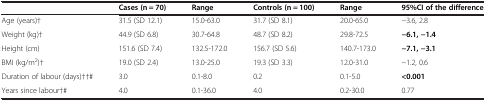
<table><thead><tr><td></td><td><b>Cases (n = 70)</b></td><td><b>Range</b></td><td><b>Controls (n = 100)</b></td><td><b>Range</b></td><td><b>95%CI of the difference</b></td></tr></thead><tbody><tr><td>Age (years)†</td><td>31.5 (SD 12.1)</td><td>15.0-63.0</td><td>31.7 (SD 8.1)</td><td>20.0-65.0</td><td>−3.6, 2.8</td></tr><tr><td>Weight (kg)†</td><td>44.9 (SD 6.8)</td><td>30.7-64.8</td><td>48.7 (SD 8.2)</td><td>29.8-72.5</td><td><b>−6.1, −1.4</b></td></tr><tr><td>Height (cm)</td><td>151.6 (SD 7.4)</td><td>132.5-172.0</td><td>156.7 (SD 5.6)</td><td>140.7-173.0</td><td><b>−7.1, −3.1</b></td></tr><tr><td>BMI (kg/m<sup>2</sup>)†</td><td>19.0 (SD 2.4)</td><td>13.0-25.0</td><td>19.3 (SD 3.3)</td><td>12.0-31.0</td><td>−1.2, 0.6</td></tr><tr><td>Duration of labour (days)††#</td><td>3.0</td><td>0.1-8.0</td><td>0.2</td><td>0.1-5.0</td><td><b>&lt;0.001</b></td></tr><tr><td>Years since labour†#</td><td>4.0</td><td>0.1-36.0</td><td>4.0</td><td>0.2-30.0</td><td>0.77</td></tr></tbody></table>